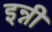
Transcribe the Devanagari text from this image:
इन्नी